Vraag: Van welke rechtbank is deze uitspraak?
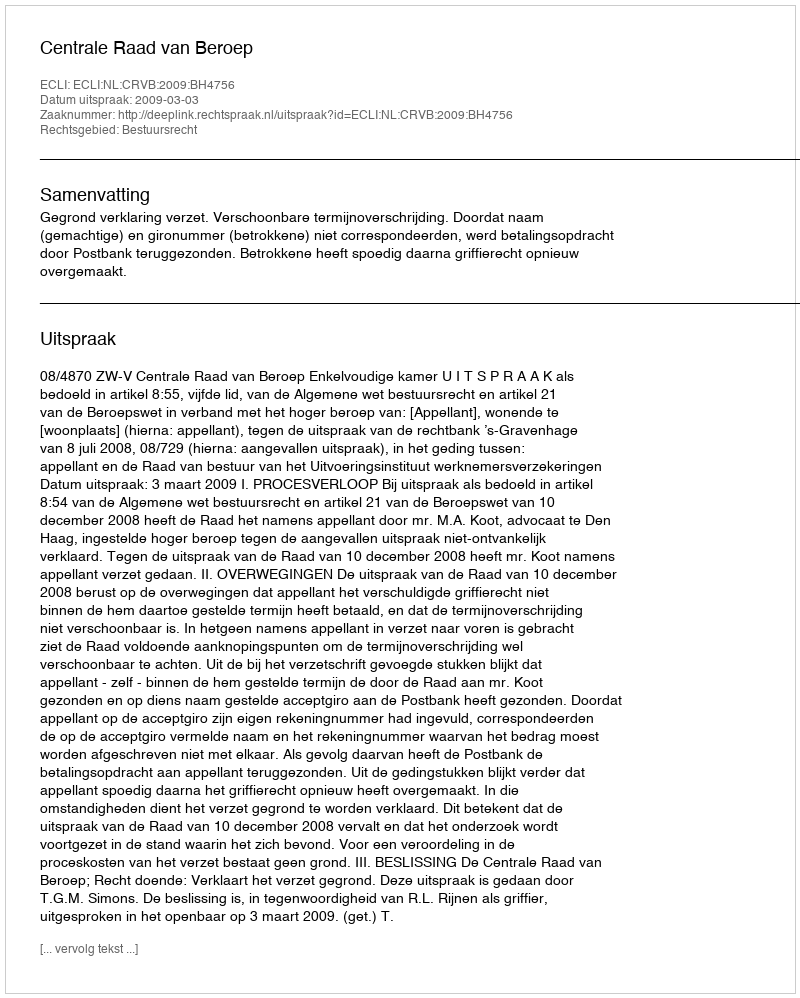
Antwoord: Centrale Raad van Beroep